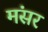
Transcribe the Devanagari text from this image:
मंसर